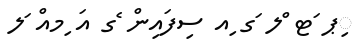
ިޕ ަޓ ްލ ަގ ިއ ސިފައިން ެގ އަ ިމއް ަލ